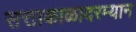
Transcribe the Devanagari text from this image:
सत्ताकाळादरम्यान